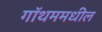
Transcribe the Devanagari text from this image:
गॉथममधील